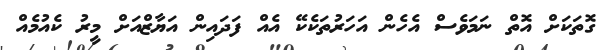
ގޮތަކަށް އޮތް ނަމަވެސް އެހެން އަހަރުތަކެކޭ އެއް ފަދައިން އަޔާޒްއަށް މީރު ކެއުމެއް